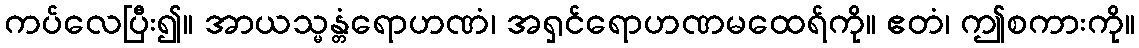
ကပ်လေပြီး၍။ အာယသ္မန္တံရောဟဏံ၊ အရှင်ရောဟဏမထေရ်ကို။ ဧတံ၊ ဤစကားကို။